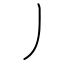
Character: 丿